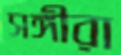
সঙ্গীরা